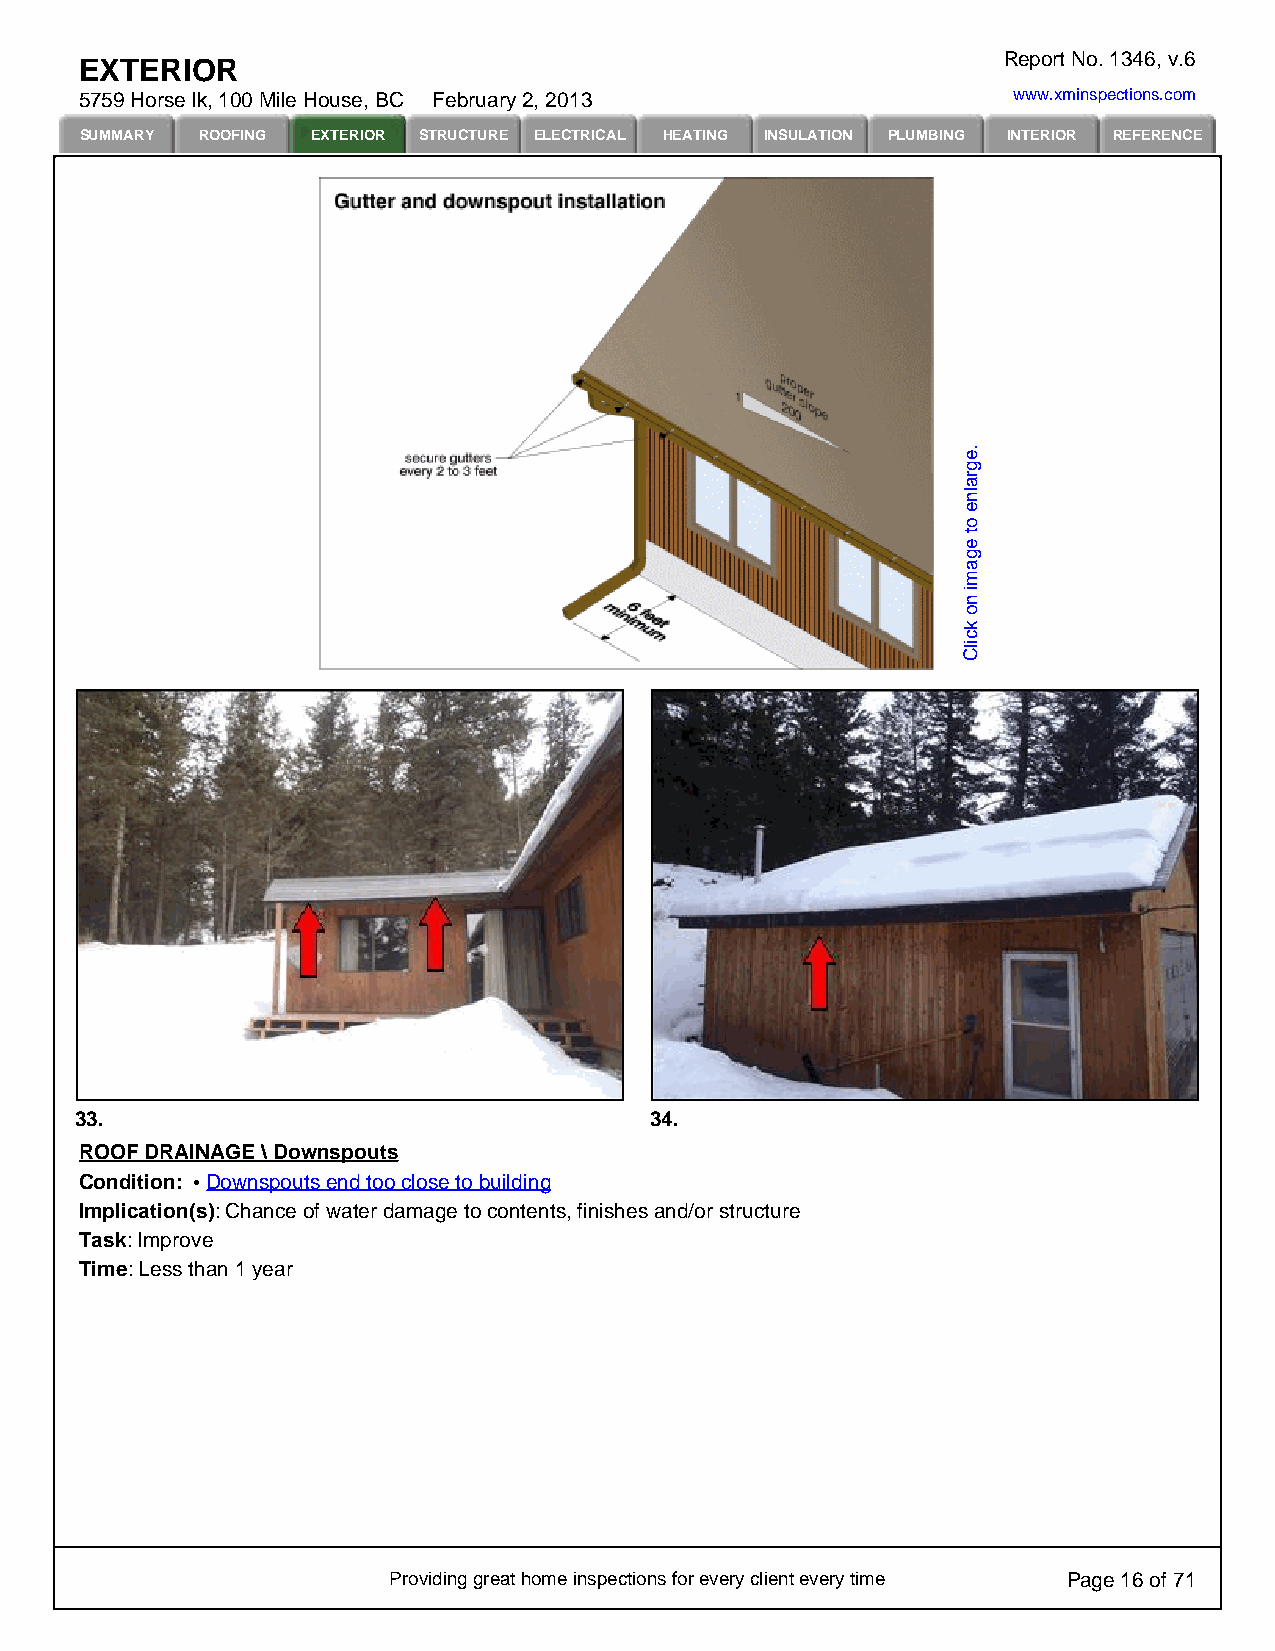
Report No. 1346, v.6
 EXTERIOR
 5759 Horse lk, 100 Mile House, BC February 2, 2013            www.xminspections.com
 SUMMARY ROOFING EXTERIOR STRUCTURE ELECTRICAL HEATING INSULATION PLUMBING INTERIOR REFERENCE
 33.                                   34.
 ROOF DRAINAGE \ Downspouts
 Condition: Downspouts end too close to building
 Implication(s): Chance of water damage to contents, finishes and/or structure
 Task: Improve
 Time: Less than 1 year
 Providing great home inspections for every client every time Page 16 of 71
 .egralne
 ot
 egami
 no
 kcilC